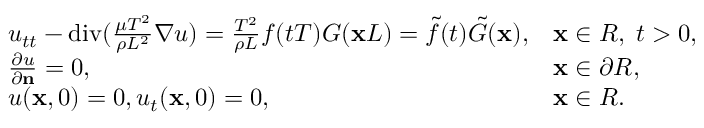
\begin{array} { r } { \begin{array} { l l } { u _ { t t } - \mathrm { d i v } ( { \frac { \mu T ^ { 2 } } { \rho L ^ { 2 } } } \nabla u ) = { \frac { T ^ { 2 } } { \rho L } } f ( t T ) G ( \mathbf x L ) = \tilde { f } ( t ) \tilde { G } ( \mathbf x ) , } & { \mathbf x \in R , \; t > 0 , } \\ { { \frac { \partial u } { \partial \mathbf n } } = 0 , } & { \mathbf x \in \partial R , } \\ { u ( \mathbf x , 0 ) = 0 , u _ { t } ( \mathbf x , 0 ) = 0 , } & { \mathbf x \in R . } \end{array} } \end{array}